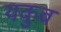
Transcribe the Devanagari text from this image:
यकुब